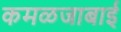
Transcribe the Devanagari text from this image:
कमळजाबाई